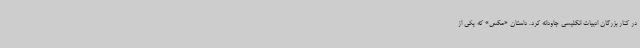
در کنار بزرگان ادبیات انگلیسی جاودانه کرد. داستان «مگس» که یکی از